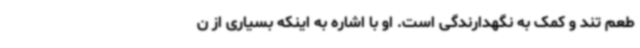
طعم تند و کمک به نگهدارندگی است. او با اشاره به اینکه بسیاری از ن